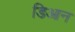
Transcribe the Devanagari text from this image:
डिआन